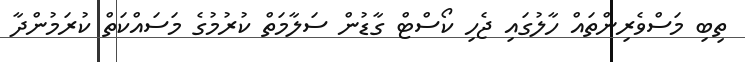
ތިބި މަސްވެރިންތައް ހާލުގައި ޖެހި ކޯސްޓް ގާޑުން ސަލާމަތް ކުރުމުގެ މަސައްކަތް ކުރަމުންދާ